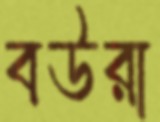
বউরা